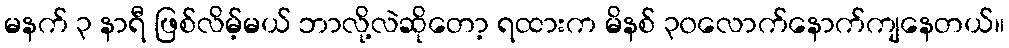
မနက် ၃ နာရီ ဖြစ်လိမ့်မယ် ဘာလို့လဲဆိုတော့ ရထားက မိနစ် ၃၀လောက်နောက်ကျနေတယ်။